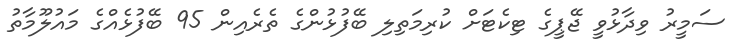
ސަމީރު ވިދާޅުވީ ޖޭޕީގެ ޓިކެޓަށް ކުރިމަތިލި ބޭފުޅުންގެ ތެރެއިން 95 ބޭފުޅެއްގެ މައުލޫމާތު